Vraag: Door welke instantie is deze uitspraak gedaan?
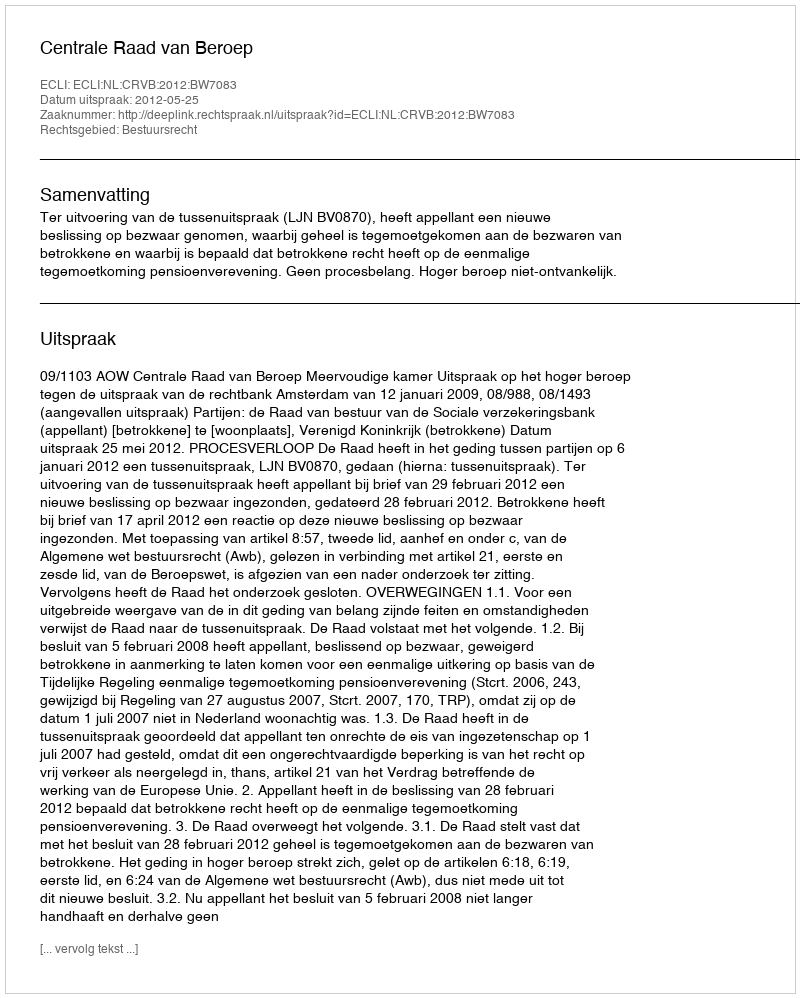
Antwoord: Centrale Raad van Beroep